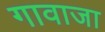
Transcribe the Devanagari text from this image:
गावाजा